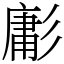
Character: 㣑